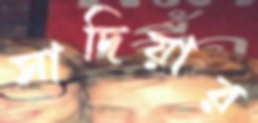
সাদিয়ার